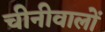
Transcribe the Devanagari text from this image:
चीनीवालों